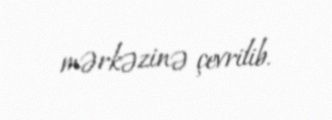
mərkəzinə çevrilib.